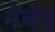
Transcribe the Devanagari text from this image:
मेंबेन